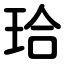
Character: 珨